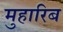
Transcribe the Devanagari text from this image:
मुहारिब